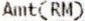
AMT(RM)